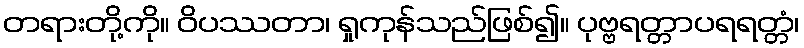
တရားတို့ကို။ ဝိပဿတာ၊ ရှုကုန်သည်ဖြစ်၍။ ပုဗ္ဗရတ္တာပရရတ္တံ၊